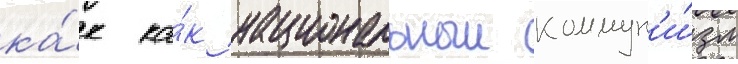
ка́к ка́к национальныи коммун'и́зм